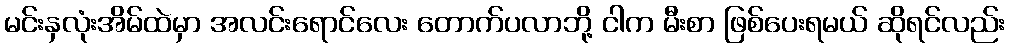
မင်းနှလုံးအိမ်ထဲမှာ အလင်းရောင်လေး တောက်ပလာဘို့ ငါက မီးစာ ဖြစ်ပေးရမယ် ဆိုရင်လည်း